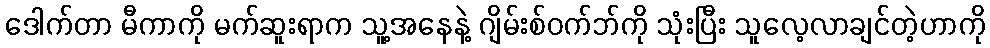
ဒေါက်တာ မီကာကို မက်ဆူးရာက သူ့အနေနဲ့ ဂျိမ်းစ်ဝက်ဘ်ကို သုံးပြီး သူလေ့လာချင်တဲ့ဟာကို